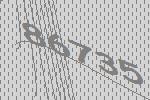
86735